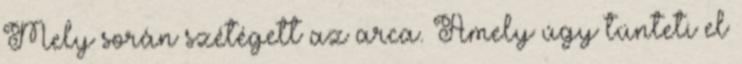
Mely során szétégett az arca. Amely úgy tünteti el